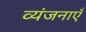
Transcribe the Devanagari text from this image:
व्यंजनाएँ